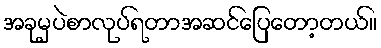
အခုမှပဲစာလုပ်ရတာအဆင်ပြေတော့တယ်။